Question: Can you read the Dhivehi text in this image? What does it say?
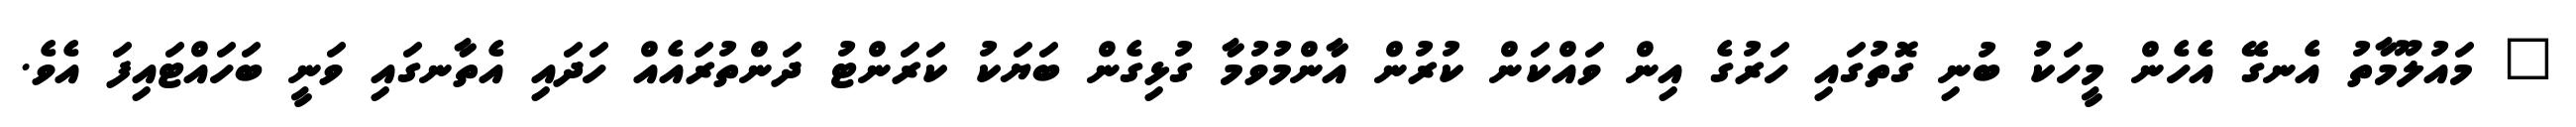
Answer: " މައުލޫމާތު އެނގޭ އެހެން މީހަކު ބުނި ގޮތުގައި ހަރުގެ އިން ވައްކަން ކުރުން އާންމުވުމާ ގުޅިގެން ބަޔަކު ކަރަންޓު ދަންތުރައެއް ހަދައި އެތާނގައި ވަނީ ބަހައްޓައިފަ އެވެ.